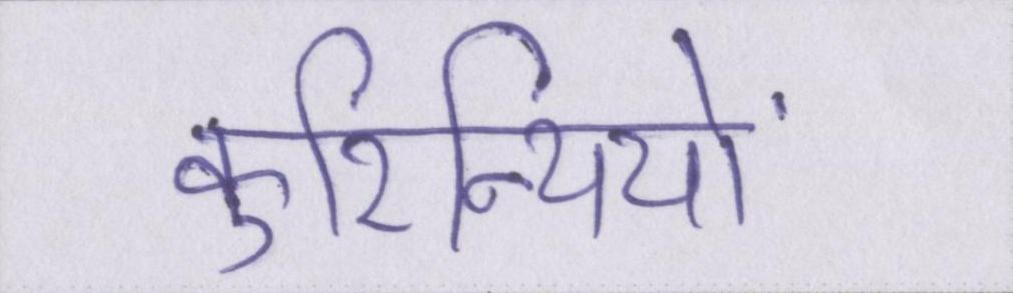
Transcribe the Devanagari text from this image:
कुरिन्थियों